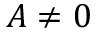
A \ne 0